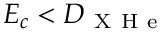
E _ { c } < D _ { \mathrm { ~ X ~ H ~ e ~ } }